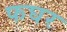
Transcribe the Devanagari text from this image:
फघर